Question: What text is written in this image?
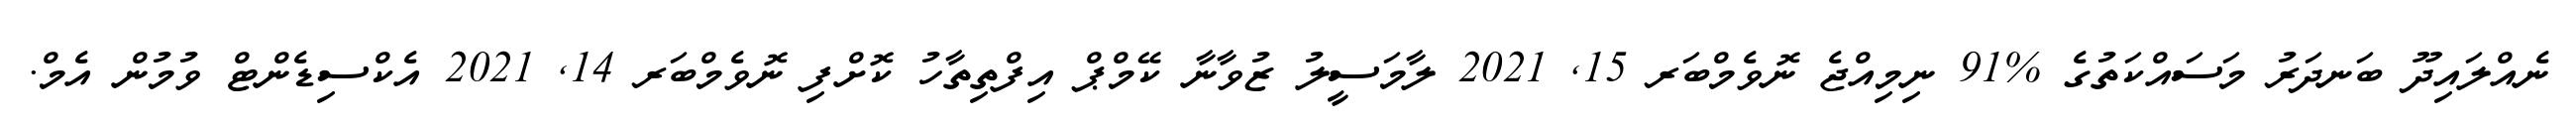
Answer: ނެއްލައިދޫ ބަނދަރު މަސައްކަތުގެ %91 ނިމިއްޖެ ނޮވެމްބަރ 15, 2021 ލާމަސީލު ޒުވާނާ ކޭމްޕް އިފްތިތާހު ކޮށްފި ނޮވެމްބަރ 14, 2021 އެކްސިޑެންޓް ވުމުން އެމް.